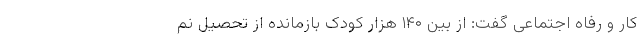
کار و رفاه اجتماعی گفت: از بین ۱۴۰ هزار کودک بازمانده از تحصیل نم